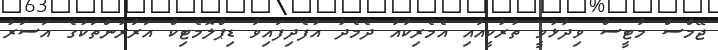
ޖޭމްސް މާޓީސް ވިދާޅުވީ ތުރުކީއާއި އެމެރިކާއާ ދެމެދު އުފެދިފައިވާ ޑިޕްލޮމެޓިކް އަރާރުންތަކުގެ އަސަރު